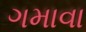
ગમાવા